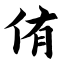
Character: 侑